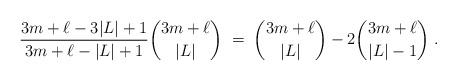
LaTeX: \begin{align*} \frac{3m+\ell-3|L|+1}{3m+\ell-|L|+1}\binom{3m+\ell}{|L|}\;=\;\binom{3m+\ell}{|L|}-2\binom{3m+\ell}{|L|-1}\;. \end{align*}